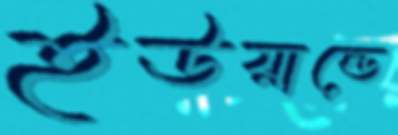
ইউয়ান্ডে